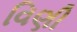
વિણી